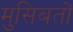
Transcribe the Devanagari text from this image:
मुसिबतों